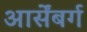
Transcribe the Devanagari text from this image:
आर्सेंबर्ग